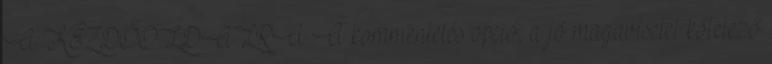
A KEZDŐOLDALRA A kommentelés opció, a jó magaviselet kötelező